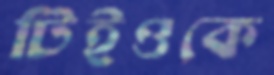
টিইওকে